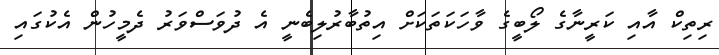
ރިތިކް އާއި ކަރީނާގެ ލޯބީގެ ވާހަކަތަކަށް އިތުބާރުލިބެނީ އެ ދުވަސްވަރު ދެމީހުން އެކުގައި